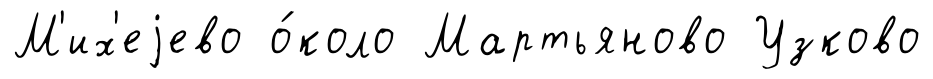
М'их'еjево о́коло Мартьяново Узково